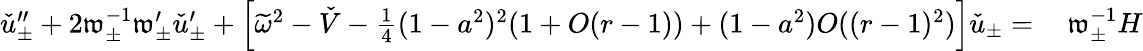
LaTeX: \begin{array}{rl}{\check{u}_{\pm}^{\prime\prime}+2\mathfrak{w}_{\pm}^{-1}\mathfrak{w}_{\pm}^{\prime}\check{u}_{\pm}^{\prime}+\left[\widetilde{\omega}^{2}-\check{V}-\frac{1}{4}(1-a^{2})^{2}(1+O(r-1))+(1-a^{2})O((r-1)^{2})\right]\check{u}_{\pm}=}&{\: \mathfrak{w}_{\pm}^{-1}H}\end{array}